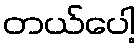
တယ်ပေါ့